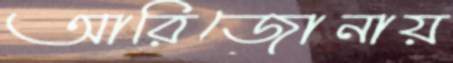
আরিজোনায়